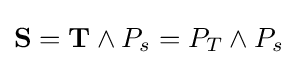
\mathbf {S} =\mathbf {T} \land P_{s}=P_{T}\land P_{s}